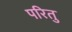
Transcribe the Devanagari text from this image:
परितु